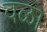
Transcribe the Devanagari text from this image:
वळा